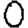
Digit: 0